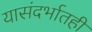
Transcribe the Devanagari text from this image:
यासंदर्भातही